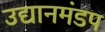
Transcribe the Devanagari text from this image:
उद्यानमंडप